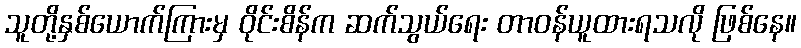
သူတို့နှစ်ယောက်ကြားမှ ဝိုင်းစိန်က ဆက်သွယ်ရေး တာဝန်ယူထားရသလို ဖြစ်နေ။